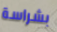
بشراسة